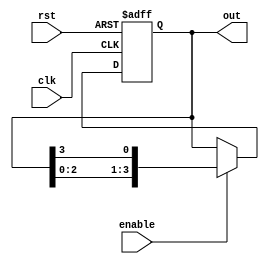
module Ring_Counter_with_enable (
    input wire clk,       // Clock input
    input wire rst,       // Reset input
    input wire enable,    // Enable input
    output reg [3:0] out  // Output signal
);

// Registers for the ring counter
reg [3:0] ring_counter_reg;

always @(posedge clk or posedge rst) begin
    if (rst) begin
        ring_counter_reg <= 4'b0001; // Initialize counter to 0001
    end else if (enable) begin
        // Advance to the next state on each clock cycle
        ring_counter_reg <= {ring_counter_reg[2:0], ring_counter_reg[3]};
    end
end

assign out = ring_counter_reg;

endmodule